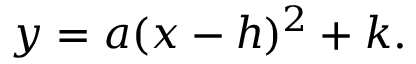
y = a ( x - h ) ^ { 2 } + k .